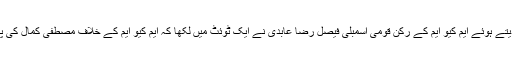
مصطفیٰ کمال کی پریس کانفرنس پر ردعمل دیتے ہوئے ایم کیو ایم کے رکن قومی اسمبلی فیصل رضا عابدی نے ایک ٹوئٹ میں لکھا کہ ایم کیو ایم کے خلاف مصطفیٰ کمال کی پریس کانفرنس چوہدری نثارکا ترپ کا پتا ہے۔